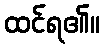
ထင်ရ၏။